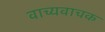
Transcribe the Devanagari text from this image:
वाच्यवाचक